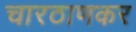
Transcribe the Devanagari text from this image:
चारठाणकर